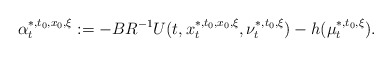
\begin{align*}\alpha^{*,t_0,x_0,\xi}_t:=-BR^{-1}U(t,x_t^{*,t_0,x_0,\xi},\nu_t^{*,t_0,\xi})-h(\mu_t^{*,t_0,\xi}).\end{align*}